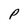
Character: P